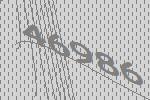
46986